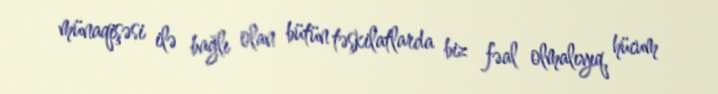
münaqişəsi ilə bağlı olan bütün təşkilatlarda biz fəal olmalıyıq, hücum